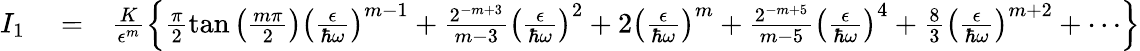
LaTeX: \begin{array}{rlr}{I_{1}}&{{}=}&{\frac{K}{\epsilon^{m}}\left\{ \frac{\pi}{2}\tan\left(\frac{m\pi}{2}\right)\left(\frac{\epsilon}{\hbar\omega}\right)^{m-1}+\frac{2^{-m+3}}{m-3}\left(\frac{\epsilon}{\hbar\omega}\right)^{2}+2\left(\frac{\epsilon}{\hbar\omega}\right)^{m}+\frac{2^{-m+5}}{m-5}\left(\frac{\epsilon}{\hbar\omega}\right)^{4}+\frac{8}{3}\left(\frac{\epsilon}{\hbar\omega}\right)^{m+2}+\cdots\right\} }\end{array}